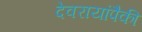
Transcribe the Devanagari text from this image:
देवरायांपैकी